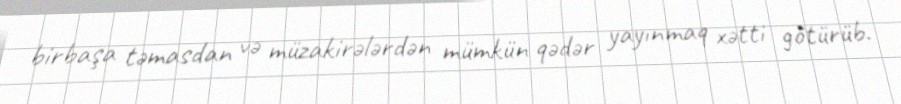
birbaşa təmasdan və müzakirələrdən mümkün qədər yayınmaq xətti götürüb.